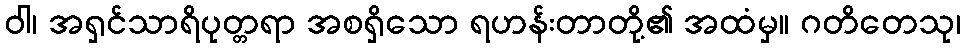
ဝါ၊ အရှင်သာရိပုတ္တရာ အစရှိသော ရဟန်းတာတို့၏ အထံမှ။ ဂတိတေသု၊